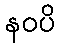
နဝပိ